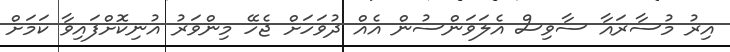
އިރު މުސާރައާ ސާވިސް އެލަވަންސުން އެއް ދުވަހަށް ޖެހޭ މިންވަރު އުނިކޮށްފައިވާ ކަމަށް